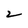
Character: 2